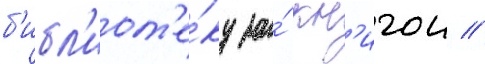
б'ибл'иот'е́ку за́ кн'игои //